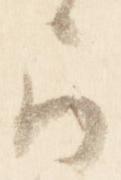
被